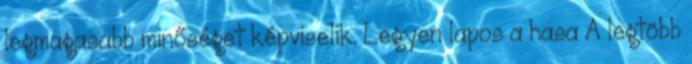
legmagasabb minőséget képviselik. Legyen lapos a hasa A legtöbb